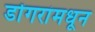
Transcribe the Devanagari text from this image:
डोंगरांमधून